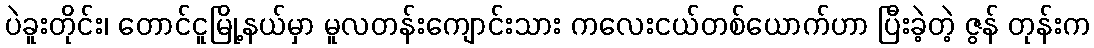
ပဲခူးတိုင်း၊ တောင်ငူမြို့နယ်မှာ မူလတန်းကျောင်းသား ကလေးငယ်တစ်ယောက်ဟာ ပြီးခဲ့တဲ့ ဇွန် တုန်းက